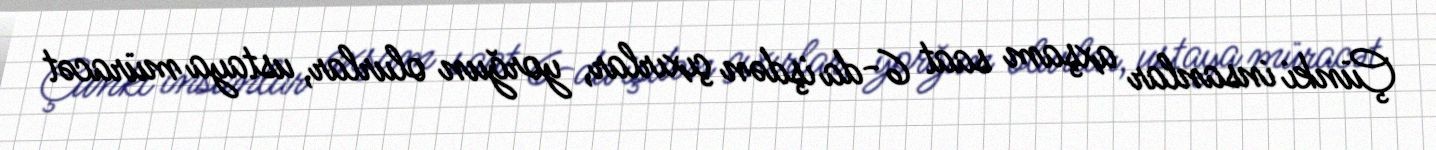
Çünki insanlar axşam saat 6-da işdən çıxırlar, yorğun olurlar, ustaya müracət